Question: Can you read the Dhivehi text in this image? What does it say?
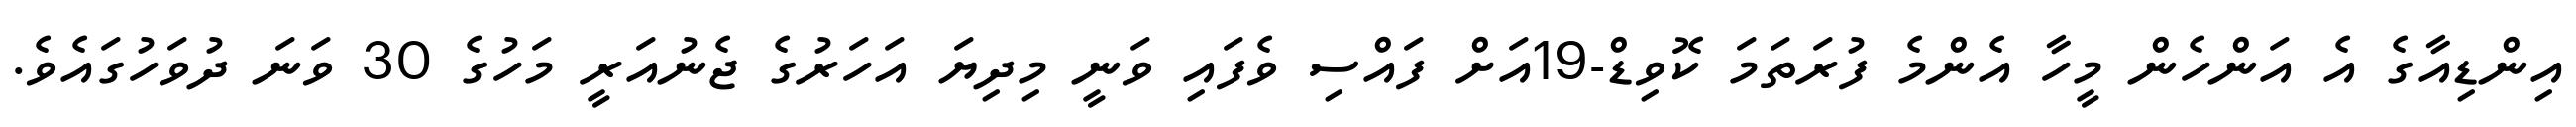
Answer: އިންޑިއާގެ އެ އަންހެން މީހާ އެންމެ ފުރަތަމަ ކޮވިޑް-19އަށް ފައްސި ވެފައި ވަނީ މިދިޔަ އަހަރުގެ ޖެނުއަރީ މަހުގެ 30 ވަނަ ދުވަހުގައެވެ.